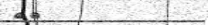
٣٧